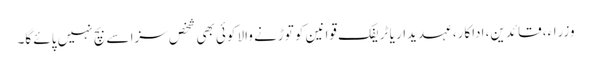
وزراء، قائدین، اداکار، عہدیدار یا ٹریفک قوانین کو توڑنے والا کوئی بھی شخص سزا سے بچ نہیں پائے گا۔